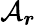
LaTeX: \mathcal{A}_{\boldsymbol{r}}